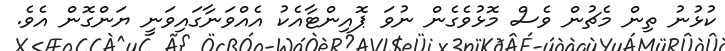
ކުޅުނު ތިން މެޗުން ވެސް މޮޅުވެގެން ނުވަ ޕޮއިންޓާއެކު އެއްވަނާގައިވަނީ ޔަންގޮން އެވެ.